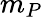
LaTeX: m_{P}